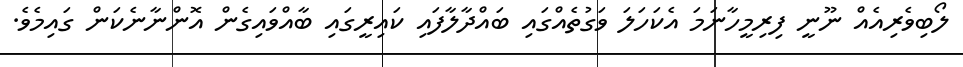
ލޯބިވެރިއެއް ނޫނީ ފިރިމީހާނަމަ އެކަހަލަ ވަގުތެއްގައި ބައްދާލާފައި ކައިރީގައި ބާއްވައިގެން އޮންނާނެކަން ގައިމެވެ.